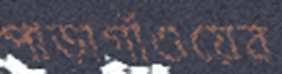
পাড়াগাঁওয়ের